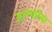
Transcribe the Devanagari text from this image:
ज्ञानगरिमा